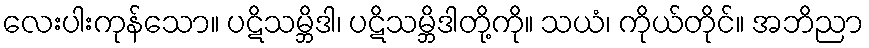
လေးပါးကုန်သော။ ပဋိသမ္ဘိဒါ၊ ပဋိသမ္ဘိဒါတို့ကို။ သယံ၊ ကိုယ်တိုင်။ အဘိညာ